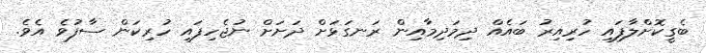
ބެގީކޮށްލާފައި ހުރިއިރު ބައެއް ދިމަދިމާއިން ރަނގަޅަށް ދަށަށް ނުޖެހިފައި ހުރިކަން ސާފުވެ އެވެ.